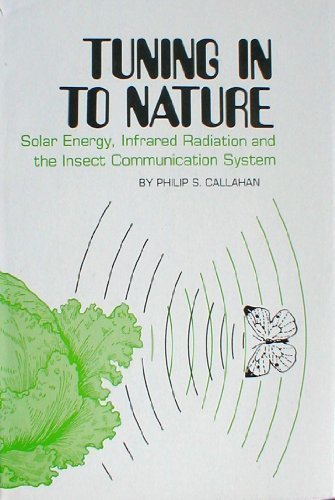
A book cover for Tuning in to Nature: Solar Energy, Infrared      Radiation,&the Insect Communication System; Philip S. Callahan; Science & Math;